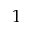
1